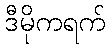
ဒီမိုကရက်